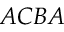
A C B A